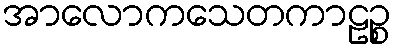
အာလောကသေတကာဠဉ္စ